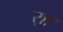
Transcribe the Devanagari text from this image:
र्‍ाॉ